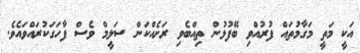
އަކީ މަތީ މަގާމުތައް ފުރުއްވި ބޭފުޅުން ތިއްބެވި ރަށެއްކަން ސަލީމް ވެސް ފާހަގަކުރައްވައެވެ.